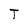
Character: T